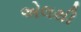
એલથી